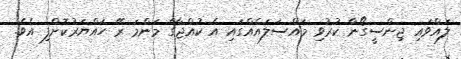
ލައްވައި ޖިންސީގޯނާ ކުރުވި މައްސަލައެއްގައި އެ ކުއްޖާގެ މަންމަ ރޭ ހައްޔަރުކޮށްފި އެވެ.